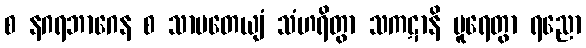
စ နဂရဘာဂေန စ သာပတေယျံ သံဟရိတွာ သကဋာနိ ပူရေတွာ ရညော